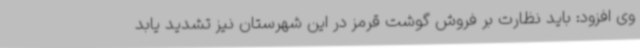
وی افزود: باید نظارت بر فروش گوشت قرمز در این شهرستان نیز تشدید یابد